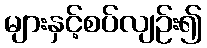
များနှင့်စပ်လျဉ်း၍